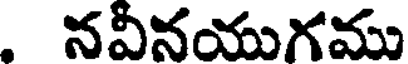
. నవీనయుగము